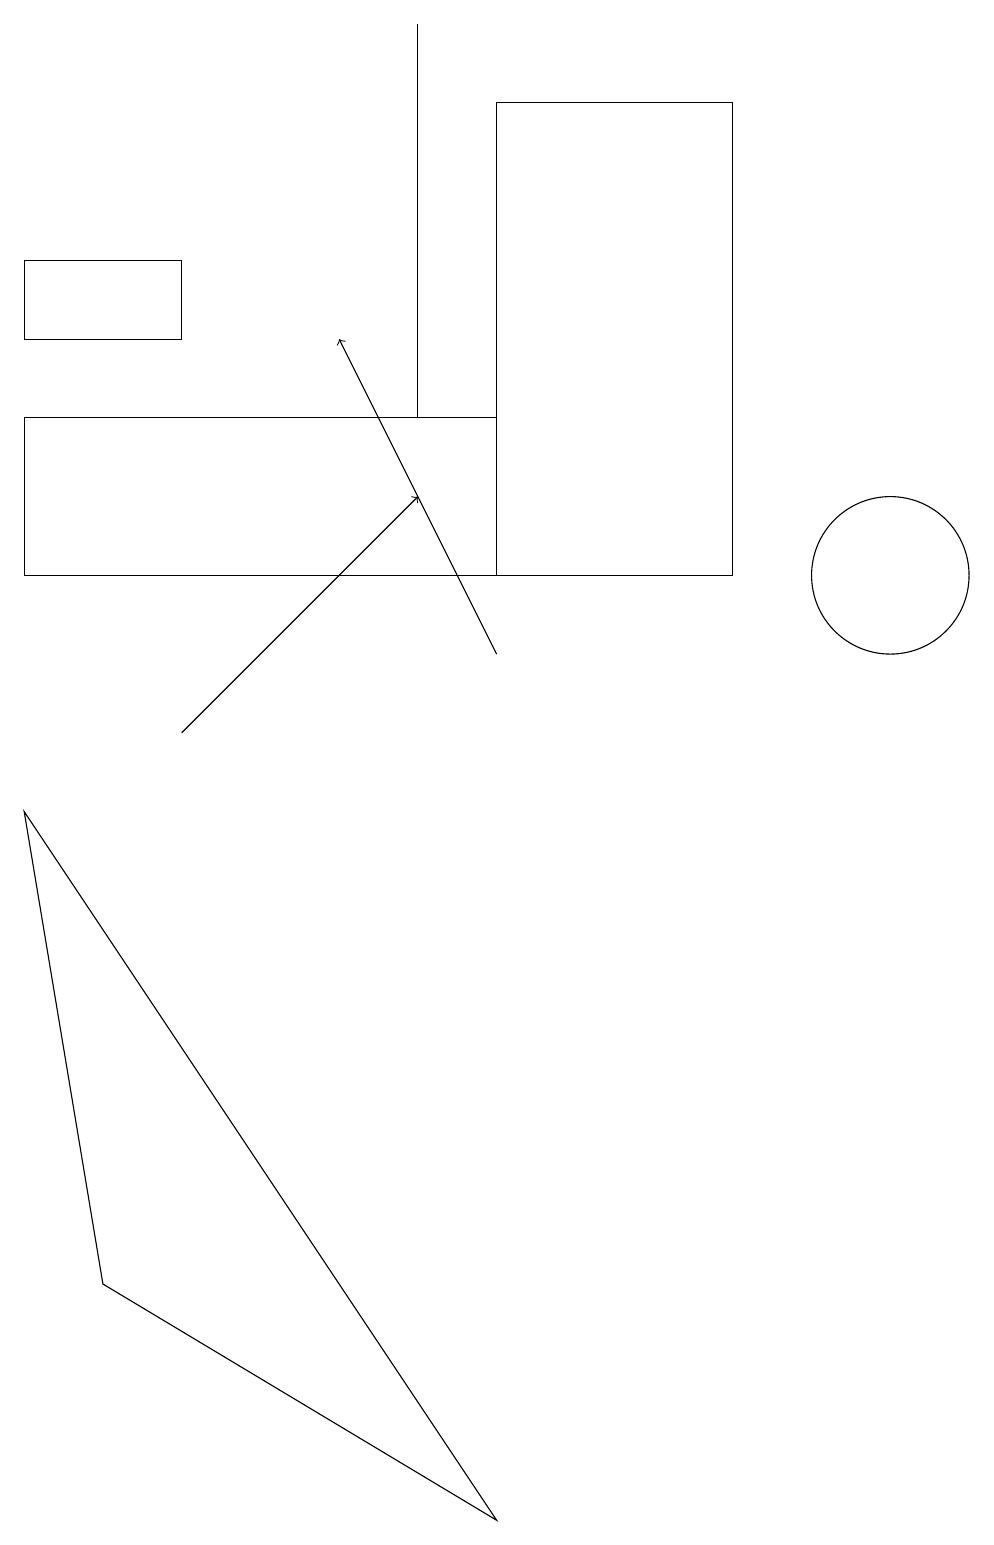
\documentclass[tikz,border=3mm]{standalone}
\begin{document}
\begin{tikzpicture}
\draw (2,16) rectangle (0,15);
\draw (11,12) circle (1);
\draw[->] (2,10) -- (5,13);
\draw (6,12) rectangle (9,18);
\draw (0,14) rectangle (6,12);
\draw (1,3) -- (0,9) -- (6,0) -- cycle;
\draw[->] (6,11) -- (4,15);
\draw (5,19) rectangle (5,14);
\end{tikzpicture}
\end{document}